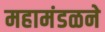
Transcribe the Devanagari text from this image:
महामंडळने